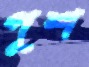
পুশ